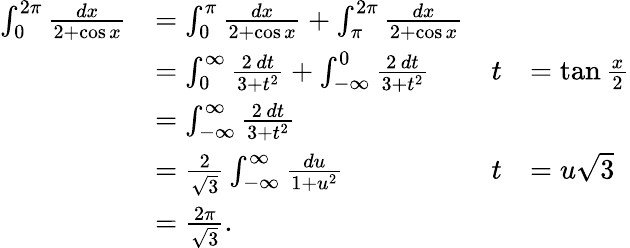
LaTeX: {\begin{array}{rlrl}{\int_{0}^{2\pi}{\frac{dx}{2+\cos x}}}&{=\int_{0}^{\pi}{\frac{dx}{2+\cos x}}+\int_{\pi}^{2\pi}{\frac{dx}{2+\cos x}}}\\ &{=\int_{0}^{\infty}{\frac{2\, dt}{3+t^{2}}}+\int_{-\infty}^{0}{\frac{2\, dt}{3+t^{2}}}}&{t}&{=\tan{\frac{x}{2}}}\\ &{=\int_{-\infty}^{\infty}{\frac{2\, dt}{3+t^{2}}}}\\ &{={\frac{2}{\sqrt{3}}}\int_{-\infty}^{\infty}{\frac{du}{1+u^{2}}}}&{t}&{=u{\sqrt{3}}}\\ &{={\frac{2\pi}{\sqrt{3}}}.}\end{array}}